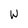
Character: W